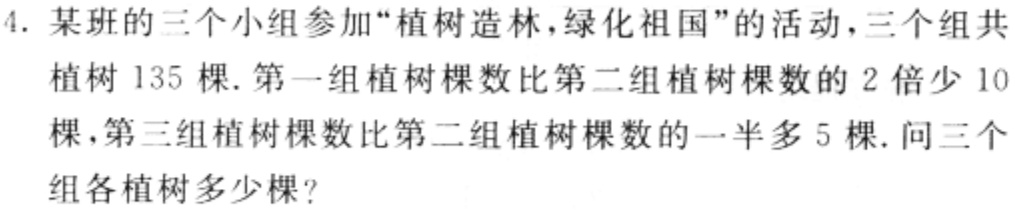
4. 某班的三个小组参加“植树造林，绿化祖国”的活动，三个组共

植树 135 棵. 第一组植树棵数比第二组植树棵数的 2 倍少 10

棵，第三组植树棵数比第二组植树棵数的一半多 5 棵. 问三个

组各植树多少棵？